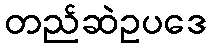
တည်ဆဲဥပဒေ